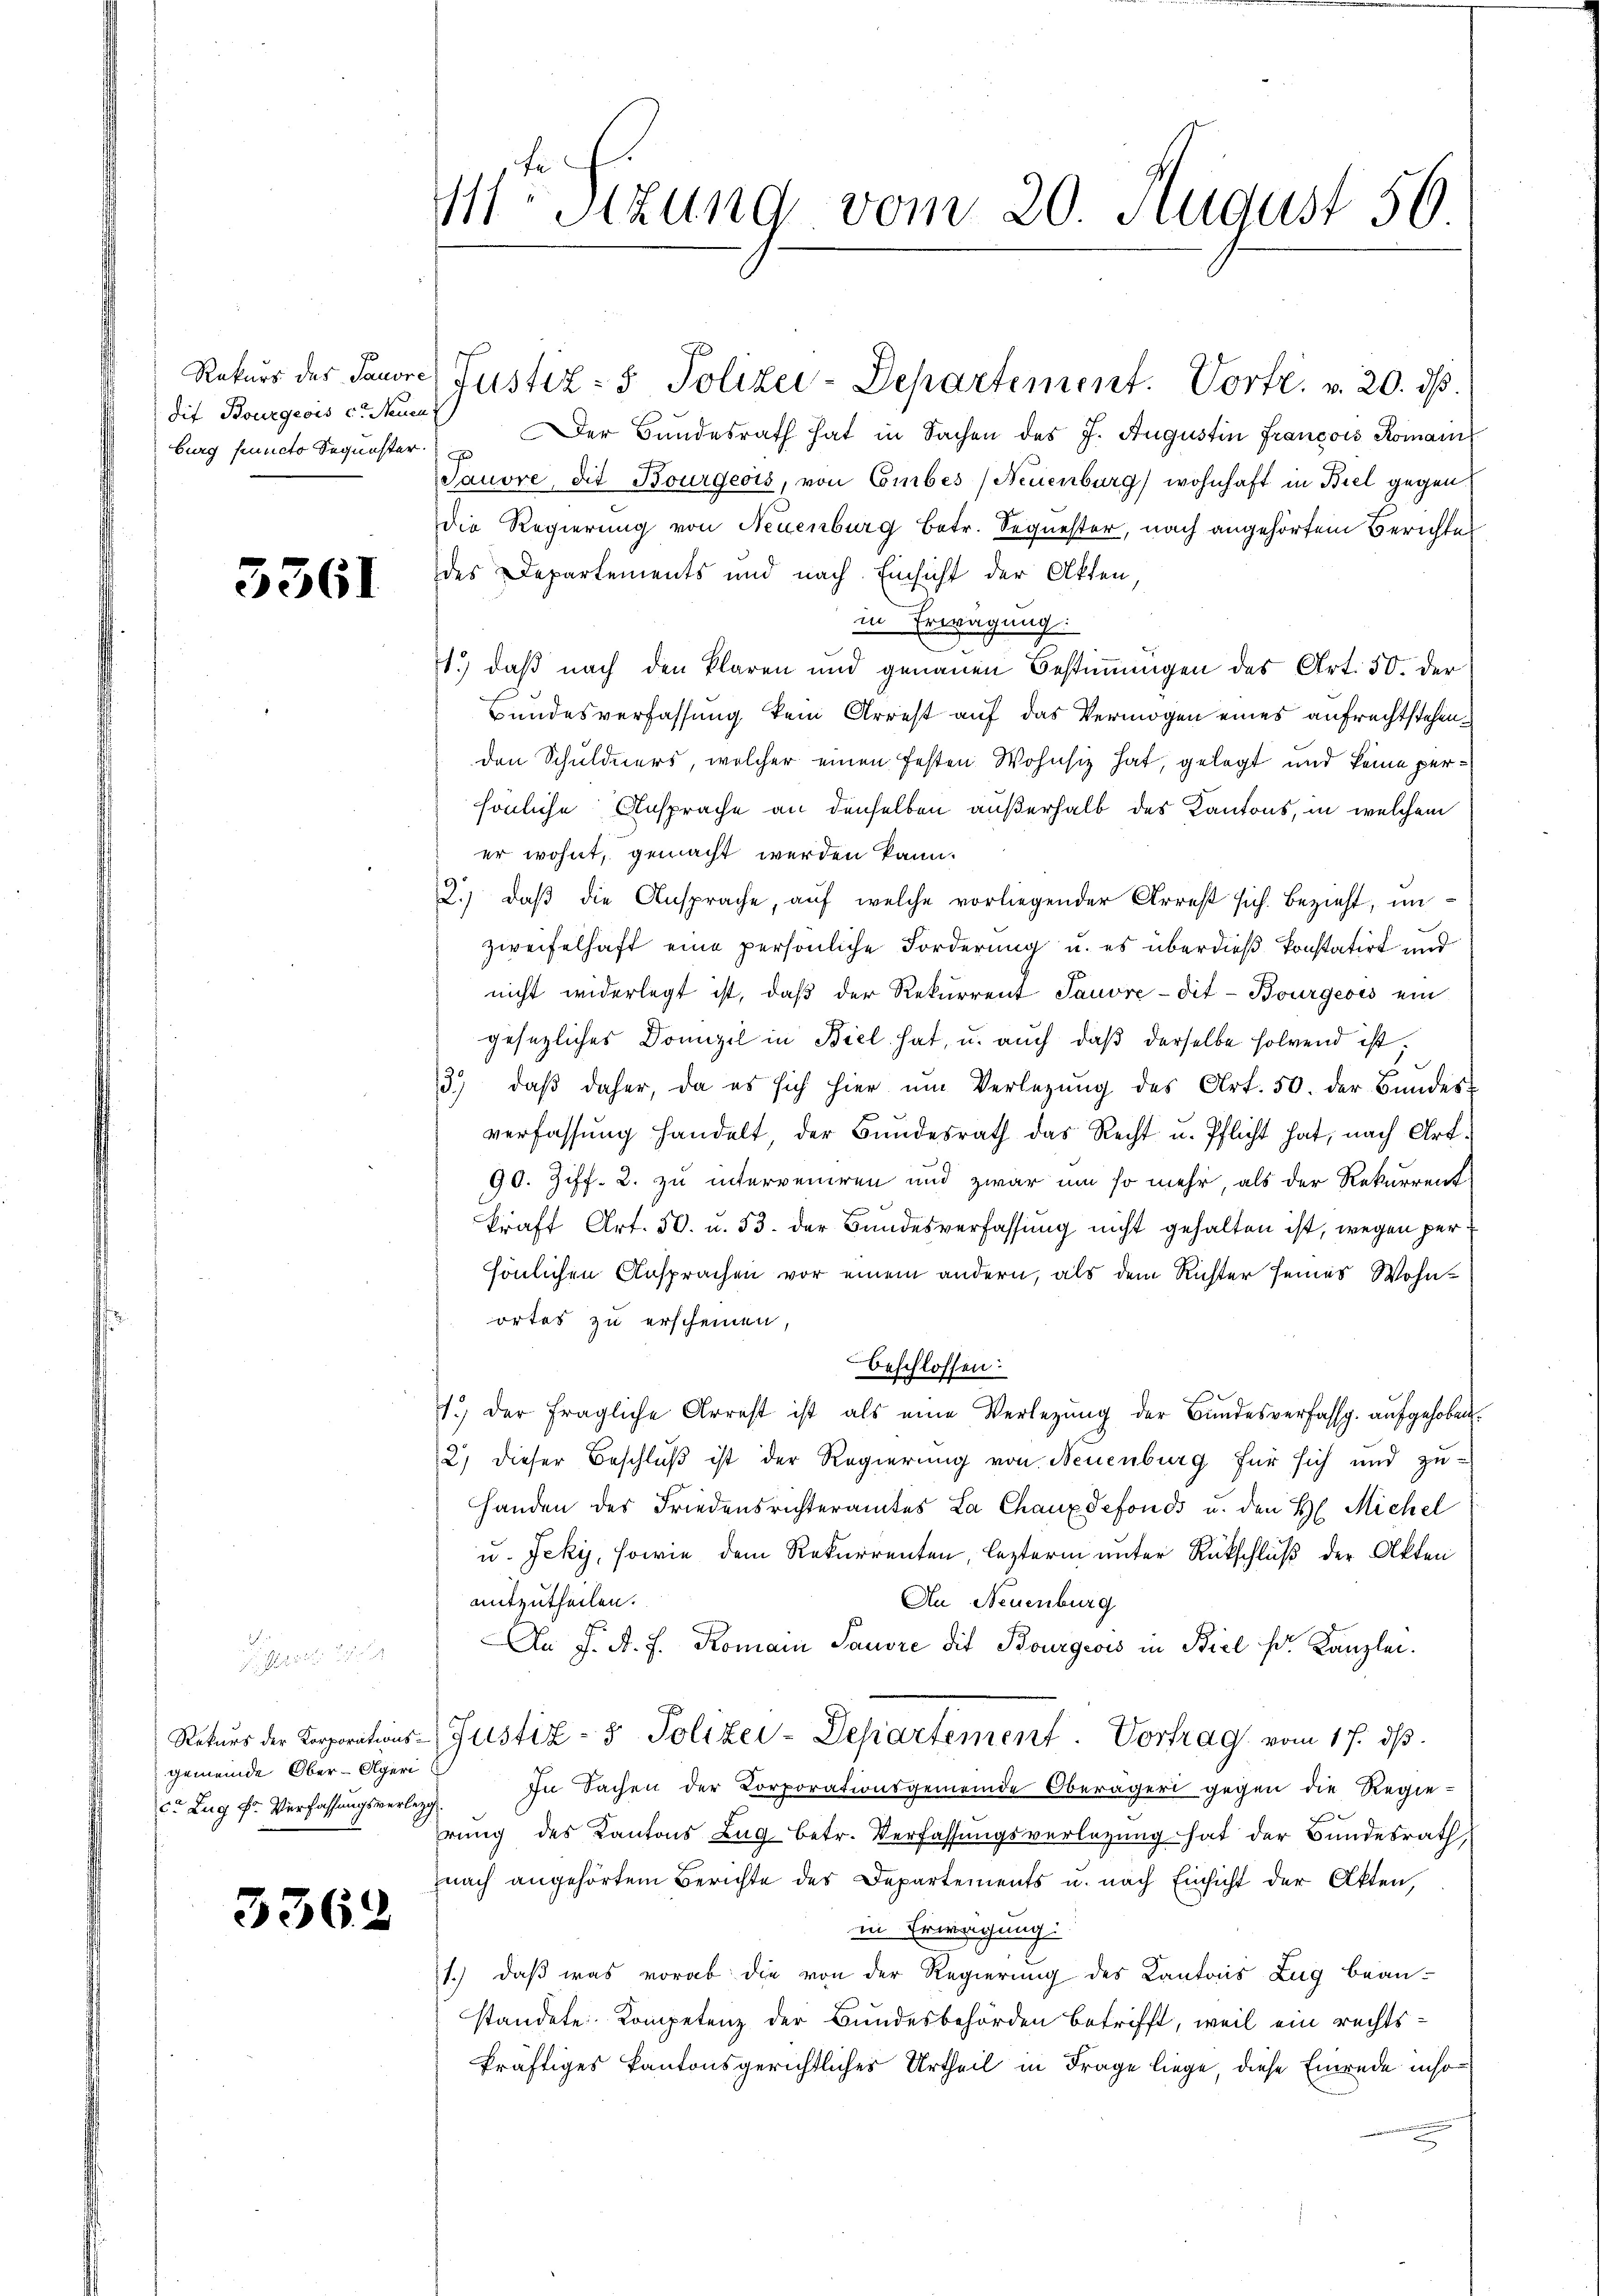
die Bourgeois c. Neuen
burg functo Sequester.

3361

Rekurs des Panore Justiz- & Polizei-Departement. Vorte. v. 20. dβ.
Der Bundesrath hat in Sachen des J. Augustin François Romani
Tauvre, die Bourgeois, von Combés (Neuenburg wohnhaft in Biel gegen
die Regierung von Neuenburg betr. Sequester, nach angehörtem Berichte
des Departements und nach Einsicht der Akten
in Erwägung:
1.) daß nach den klaren und genauen Bestimmungen des Art. 50. der
Bundesverfassung kein Arrest auf das Vermögen eines aufrechtstehenden Schuldners, welcher einen festen Wohnsiz hat, gelegt und keine persönliche Ansprache an denselben außerhalb des Kantons, in welchem
er wohnt, gemacht werden kann.
2.) daß die Ansprache, auf welche vorliegender Arrest sich. Bezieht, inzweifelhaft eine persönliche Forderung u. es überdieß konstatirt und
nicht widerlegt ist, daβ der Rekurrent Sauvre-dit- Bourgeois ein
gesezliches Domizil in Biel hat, u. auch daß derselbe folgend ist,
3) daβ daher, da es sich hier ŭm Verlegŭng des Art. 50. der Bundes-
verfassung handelt der Bundesrath das Recht u. Pflicht hat, nach Art.
90. Ziff. 2. zu interveniren und zwar um so mehr, als der Rekurrent
kraft Art. 50. u. 53. der Bundesverfassung nicht gehalten ist, wegen persönlichen Ansprachen vor einem andern, als dem Richter seines Wohnortes zu erscheinen,
beschlossen:
1.) Der fragliche Arrest ist als eine Verlegŭng der Bundesverfassg aŭfgehoben.
2) dieser Beschluß ist der Regierung von Neuenburg für sich und zu¬
Handen des Friedensrichteramtes La Chaux defonds u. den H. Michel
u. Jeky, sowie dem Rekurrenten, lezterm unter Rückschluß der Akten
mitzutheilen.
An Neuenburg
An J. A. F. Komain Sauvre die Bourgeois in Biel Fr. Kanzlei.
Rekurs der Korporations-Justiz- & Polizei-Departement. Vortrag vom 17. ds.
In Sachen der Corporationsgemeinde Oberägeri gegen die Regie-
prung des Kantons Lag betr. Verfassungsverlegung hat der Bundesrath,
nach angehörtem Berichte des Departements u. nach Einsicht der Akten,
in Erwägung:
1.) Daß was vorab die von der Regierung des Kantons Zug bean-
standete Kompetenz der Bundesbehörden betrifft, weil ein rechts-
kräftiges kantonsgerichtliches Urtheil in Frage liege, diese Einrede inso¬

gemeinde Ober-Algeri
co Zug f. Verfassungsverleg

3362

1Stzung vom 20. August 56